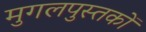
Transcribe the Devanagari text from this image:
मुगलपुस्तकों